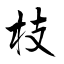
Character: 枝